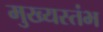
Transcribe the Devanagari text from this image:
मुख्यस्तंभ